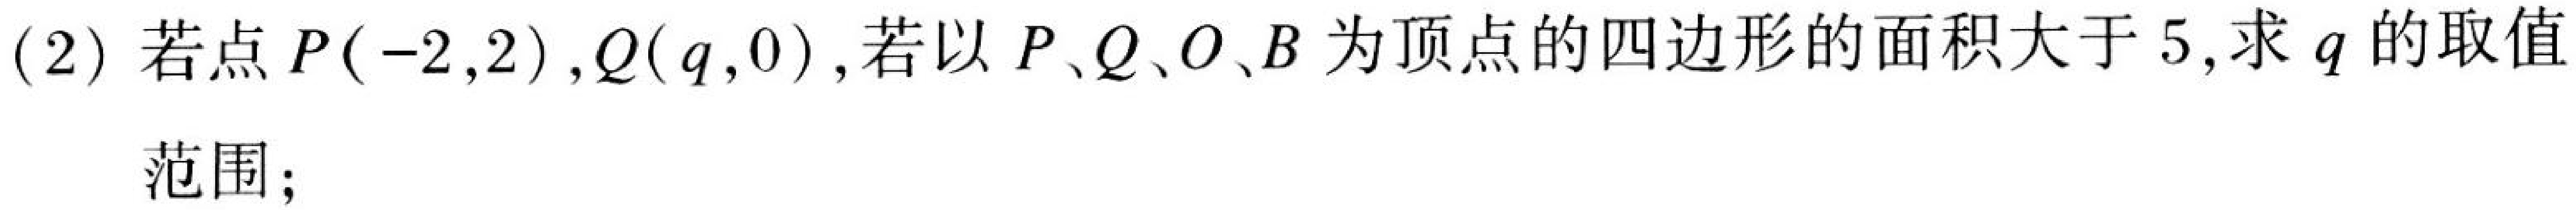
(2) 若点 \(P(-2,2)\), \(Q(q,0)\), 若以 \(P、Q、O、B\) 为顶点的四边形的面积大于 \(5\),求 \(q\) 的取值
范围；